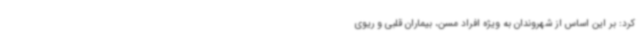
کرد: بر این اساس از شهروندان به ویژه افراد مسن، بیماران قلبی و ریوی